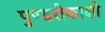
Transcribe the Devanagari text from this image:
पुण्डरीकाक्षो